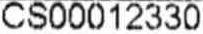
CS00012330